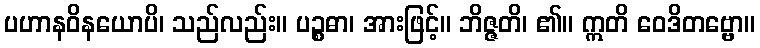
ပဟာနဝိနယောပိ၊ သည်လည်း။ ပဉ္စဓာ၊ အားဖြင့်။ ဘိဇ္ဇတိ၊ ၏။ ဣတိ ဝေဒိတဗ္ဗော။